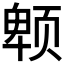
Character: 𱂮